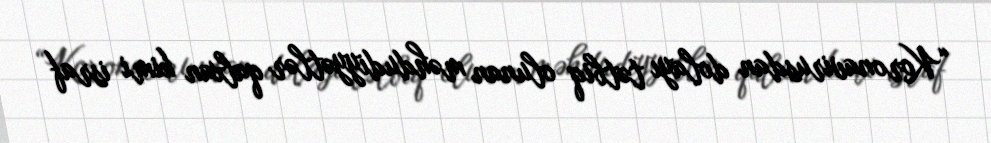
“Koronavirusdan dolayı tətbiq olunan məhdudiyyətlər qalxan kimi israf